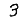
Digit: 3